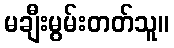
မချီးမွမ်းတတ်သူ။